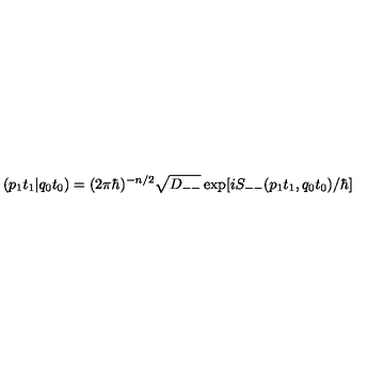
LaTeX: ( p _ { 1 } t _ { 1 } \vert q _ { 0 } t _ { 0 } ) = ( 2 \pi \hbar ) ^ { - n / 2 } \sqrt { D _ { -- } } \exp [ i S _ { -- } ( p _ { 1 } t _ { 1 } , q _ { 0 } t _ { 0 } ) / \hbar ]